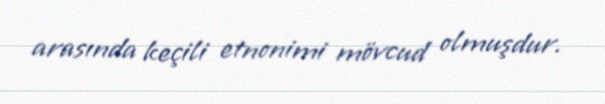
arasında keçili etnonimi mövcud olmuşdur.